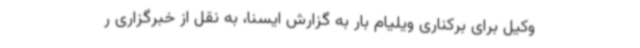
وکیل برای برکناری ویلیام بار به گزارش ایسنا، به نقل از خبرگزاری ر